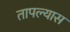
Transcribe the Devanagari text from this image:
तापल्यास